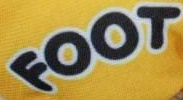
FOOT